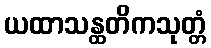
ယထာသန္ထတိကသုတ္တံ